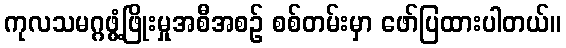
ကုလသမဂ္ဂဖွံ့ဖြိုးမှုအစီအစဉ် စစ်တမ်းမှာ ဖော်ပြထားပါတယ်။